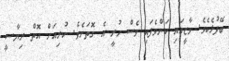
ބޭފުޅެކެވެ. މާޒީގައި ކަންވެފައި ވެސް ހުރީ އެ ގޮތަށެވެ. ކުރިއަށް އޮތް ރިޔާސީ